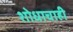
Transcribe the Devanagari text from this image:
शोधाचाही